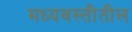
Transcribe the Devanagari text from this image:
मध्यवस्तीतील